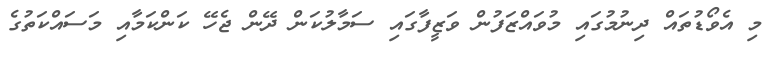
މި އެވޯޑުތައް ދިނުމުގައި މުވައްޒަފުން ވަޒީފާގައި ސަމާލުކަން ދޭން ޖެހޭ ކަންކަމާއި މަސައްކަތުގެ